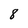
Character: 8